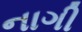
નાગી